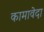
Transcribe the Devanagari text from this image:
कामावेदा